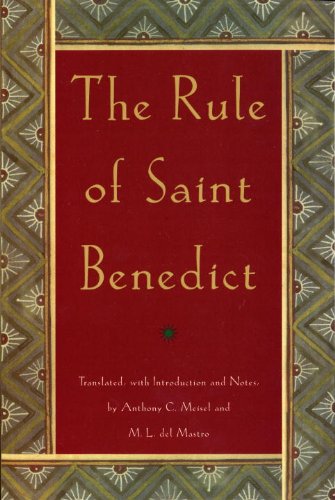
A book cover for The Rule of St. Benedict (An Image Book Original); Benedict of Nursia; Christian Books & Bibles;